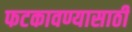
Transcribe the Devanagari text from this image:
फटकावण्यासाठी